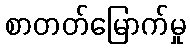
စာတတ်မြောက်မှု